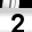
Digit: 2